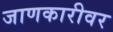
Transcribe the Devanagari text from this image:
जाणकारीवर